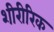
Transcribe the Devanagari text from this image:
शीरीरिक